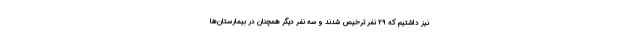
نیز داشتیم که ۲۹ نفر ترخیص شدند و سه نفر دیگر همچنان در بیمارستان‌ها